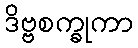
ဒိဗ္ဗစက္ခုကာ